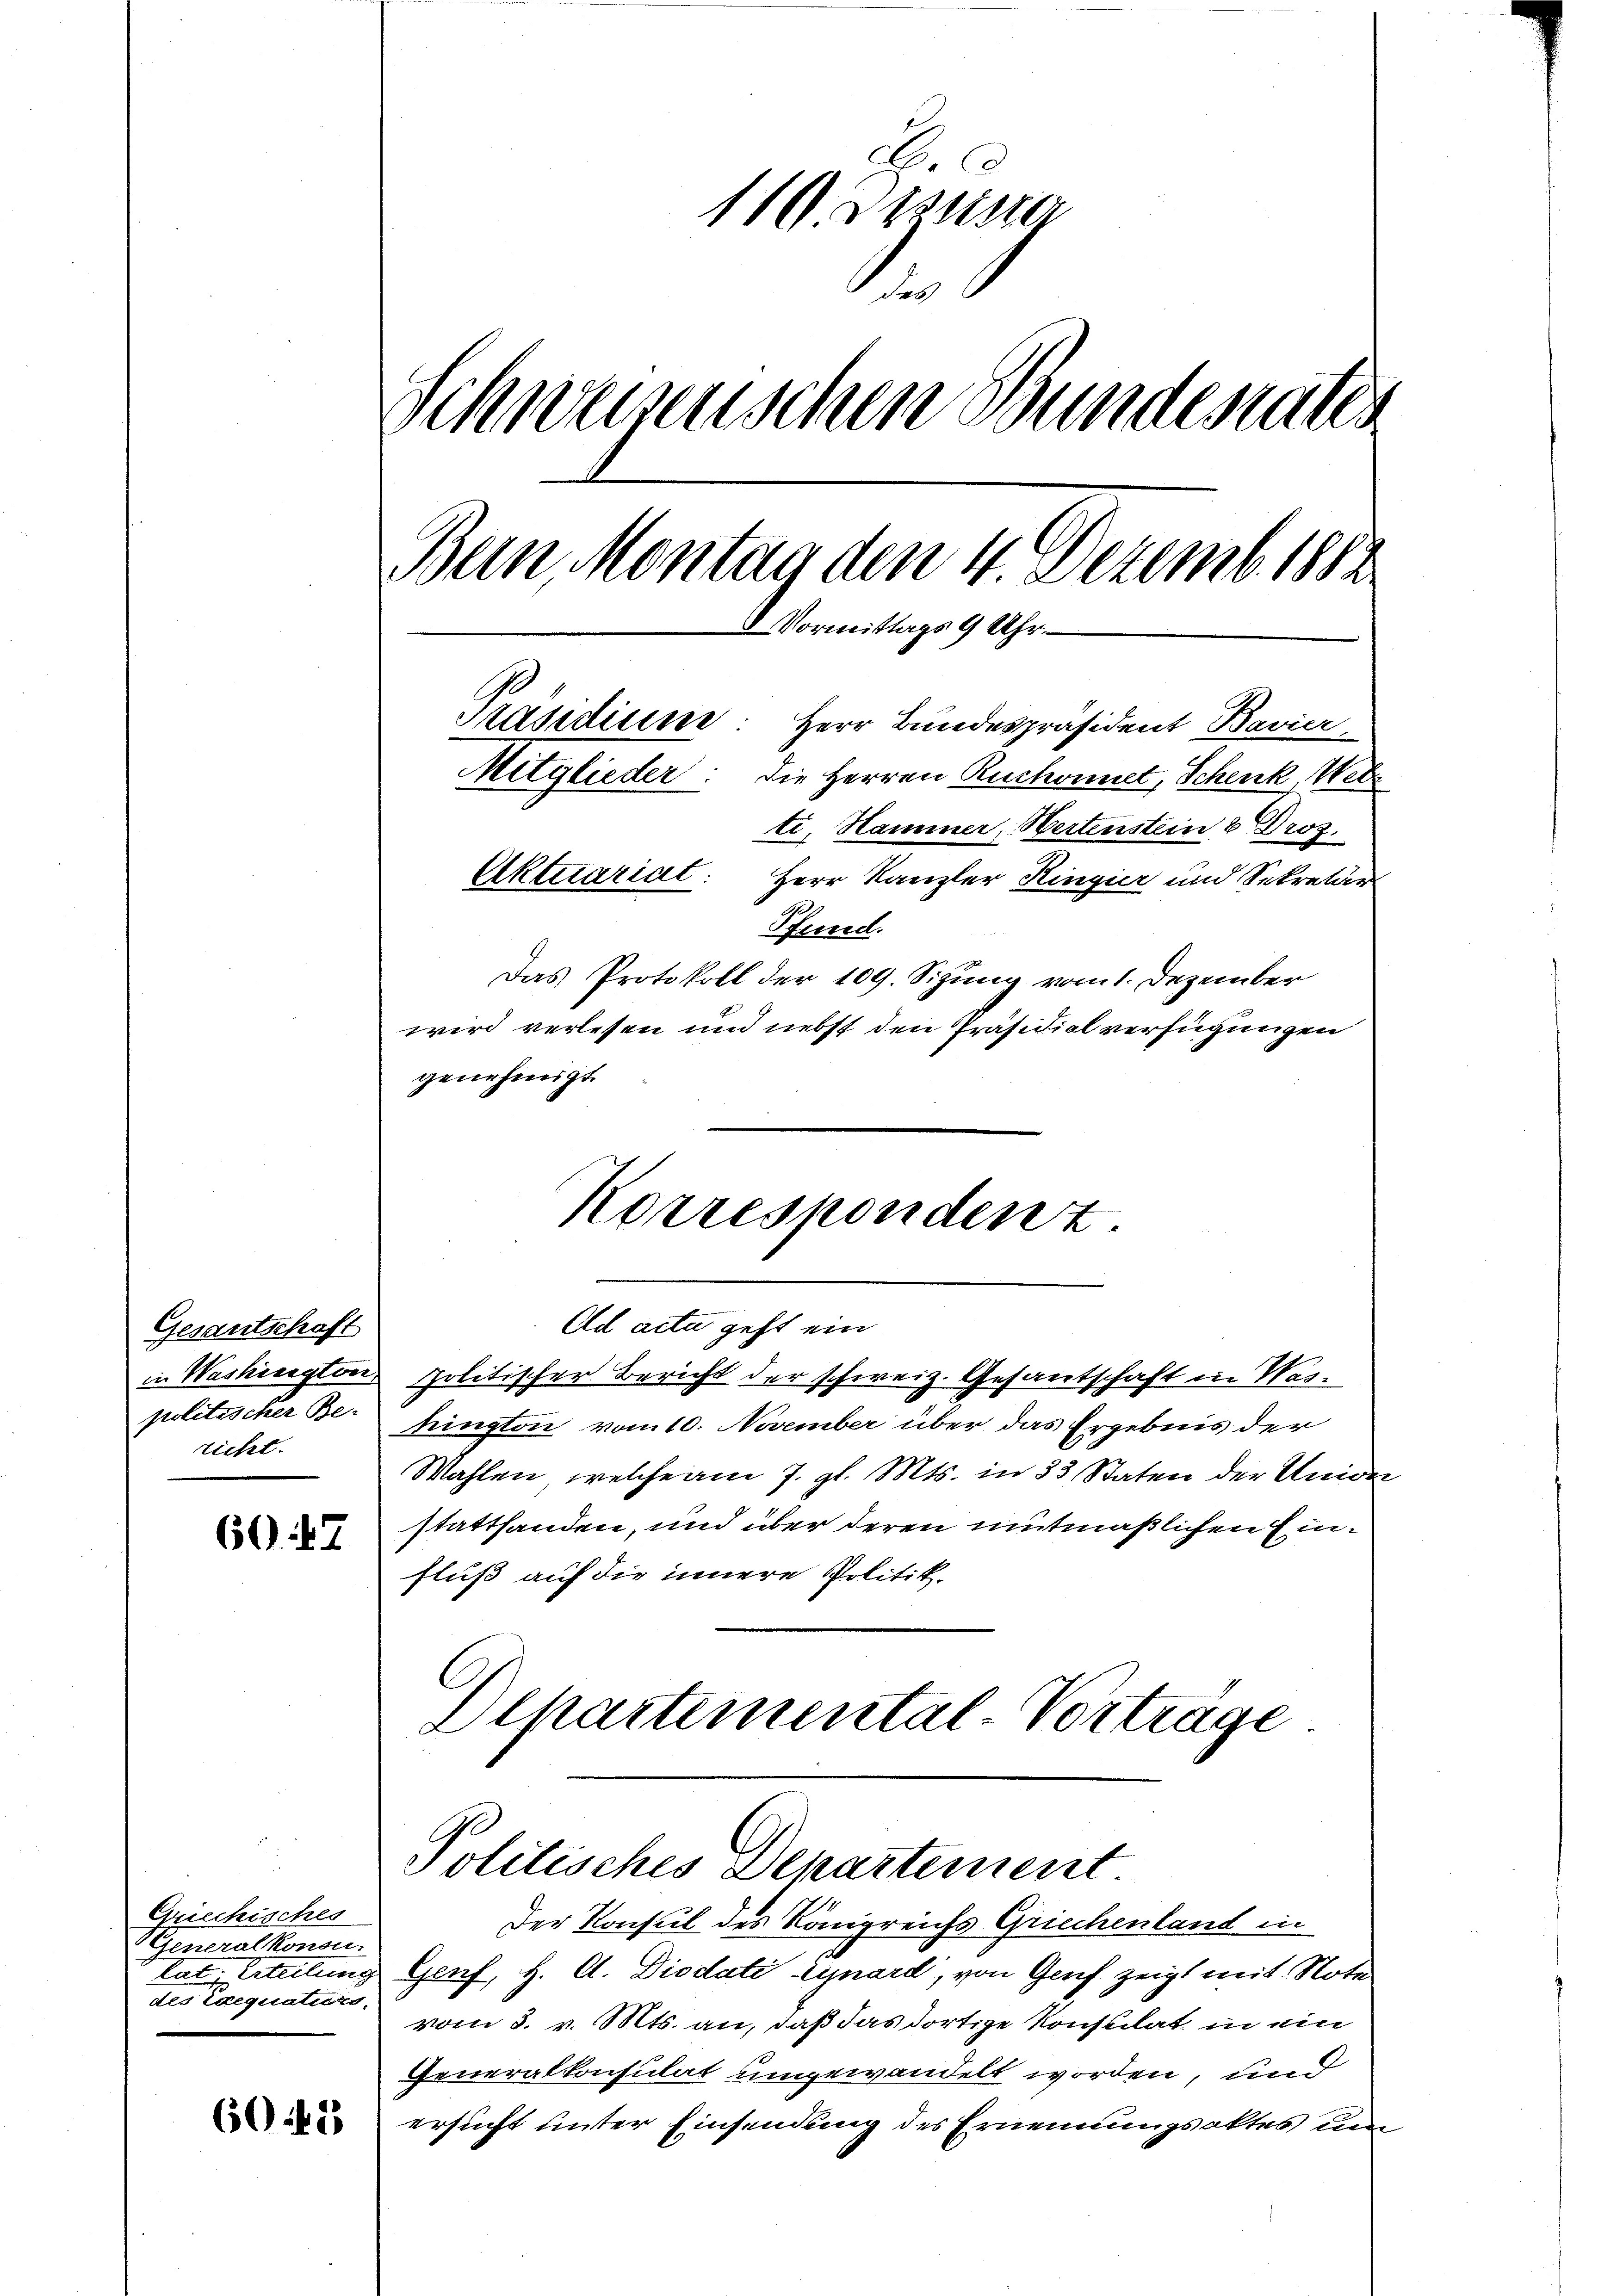
Gesantschaft
richt.

6047

Griechisches
Generalkonsu
tat. Erteilung
des Exequaturs

602

Hr C
11 Lesung
e
Schweizenschen Bunderater
Bein Montag den 4. Dezemb. 1882
8 Vormittags 9 Uhr.
Präsidium. Herr Bundespräsident Bavier
Mitglieder: die Herren Ruchonnet, Schenk, Webe
ti, Hammer, Hertenstein 6. Droz.
Aktuariat. Herr Kanzler Ringier und Sekretär
Pfennid.
Das Protokoll der 109. Sizung vom 1. Dezember
wird verlesen und nebst den Präsidialverfügungen

Old acta geht ein
in Washington politischer Bericht der schweiz. Gesantschaft in Waspolitischer Bl. feington vom 10. November über das Ergebnis der
Wahlen, welche am 7. gl. Mts. in 33 Staten der Union
stattfanden, und über deren mitmaßlichen Einfluß auf die innere Politik.
Olkartemental Vorträge

genehmigt

Korrespondent

& Genf, H. A. Diodati Cynard, von Genf zeigt mit Note
vom 3. v. Mts. an, daß das dortige Konsulat in ein
Generalkonsulat umgewandelt worden, und
ersucht unter Einsendung des Ernennungsaktes um

9
Politisches Departement
Der Konsul des Königreichs Griechenland in